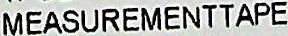
MEASUREMENTTAPE